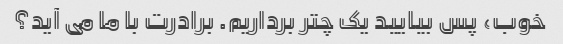
خوب، پس بیایید یک چتر برداریم. برادرت با ما می آید؟